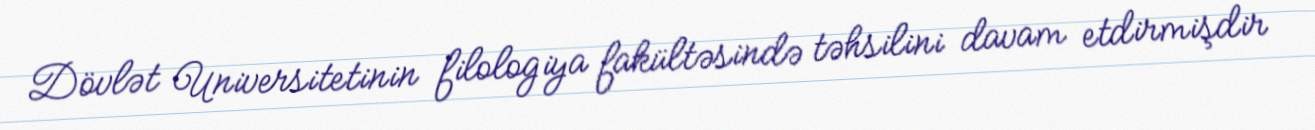
Dövlət Universitetinin filologiya fakültəsində təhsilini davam etdirmişdir